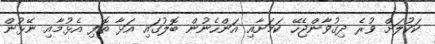
ކަކުލަށް ވުރެ ދިގުވާންޖެހޭ ކަމަށާއި އަންހެނުން ބޮލުގައި އަޅާ ތޮފި އެޅުމާއި ނޭޅުން